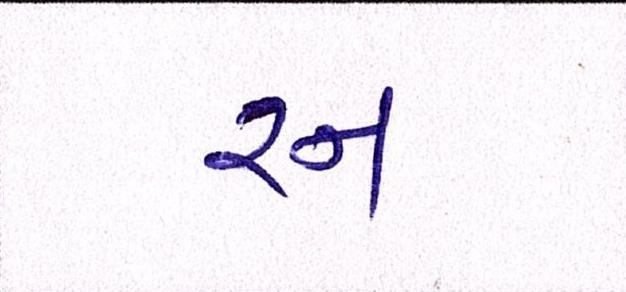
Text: રન